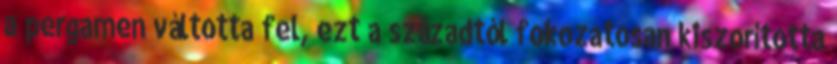
a pergamen váltotta fel, ezt a századtól fokozatosan kiszorította